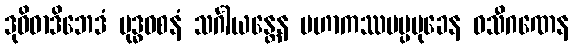
ဒုဝိဓာဒိဘေဒံ ဗုဒ္ဓဝစနံ သင်္ဂါယန္တေန မဟာကဿပပ္ပမုခေန ဝသီဂဏေန